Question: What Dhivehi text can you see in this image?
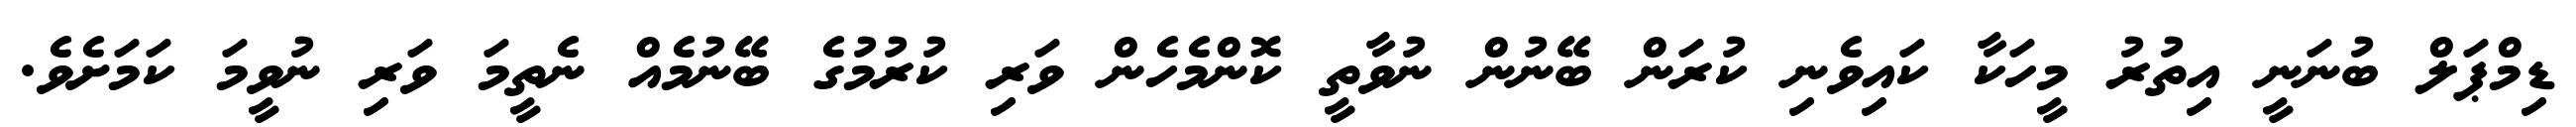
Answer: ޑިމްޕަލް ބުނަނީ އިތުރު މީހަކާ ކައިވެނި ކުރަން ބޭނުން ނުވާތީ ކޮންމެހެން ވަރި ކުރުމުގެ ބޭނުމެއް ނެތީމަ ވަރި ނުވީމަ ކަމަށެވެ.